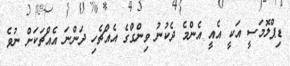
ޑިޕްލޮމަސީ އަކީ އެއީ އެންމެ ދެކުނު ވިންގްގެ އެއްޗެހި ދަންނަ އެއްޗަކަށް ނުވެ